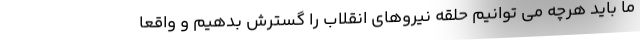
ما باید هرچه می توانیم حلقه نیروهای انقلاب را گسترش بدهیم و واقعاً